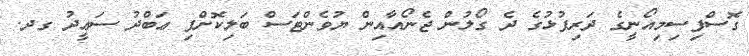
ގޮސްފިސިމިއޯނީގެ ދަރިފުޅުގެ ދެ ގޯލުން ޖެނޯއާއިން ޔުވެންޓަސް ބަލިކޮށްފި ޢަބްދު ސަޢީދު ގދ.